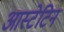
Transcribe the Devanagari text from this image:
आस्टेटिन